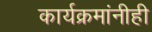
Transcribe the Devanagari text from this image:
कार्यक्रमांनीही